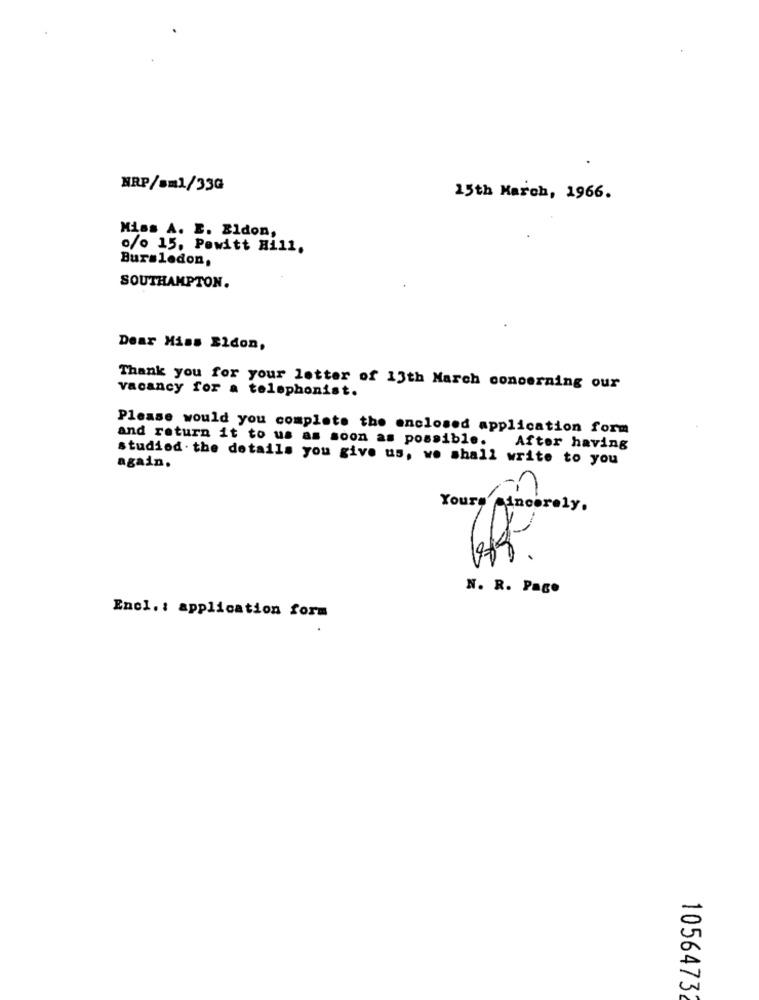
HRP/sm1/33G
15th March, 1966.
Miss A. E. Eldon,
o/o 15, Powitt Hill.
Bursledon,
SOUTHAMPTON.
Dear Miss Eldon,
vacancy for a telsphonist.
Thank you for your letter of 13th March concerning our
Please would you complete the enclosed application form
and return it to us as soon as possible. After having
studiod. the details you give us, we shall write to you
again.
n
Yours Sincerely,
N. R. Paco
Enel .: application form
1056473